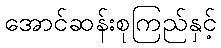
အောင်ဆန်းစုကြည်နှင့်